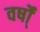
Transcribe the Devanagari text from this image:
वर्षो्ं